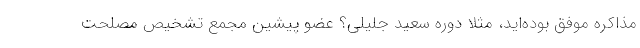
مذاکره موفق بوده‌اید، مثلا دوره سعید جلیلی؟ عضو پیشین مجمع تشخیص مصلحت